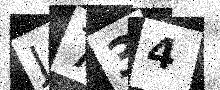
Text: J734